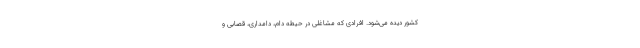
کشور دیده می‌شود. افرادی که مشاغلی در حیطه دام، دامداری، قصابی و